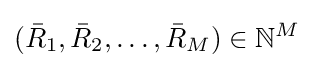
({\bar {R}}_{1},{\bar {R}}_{2},\ldots ,{\bar {R}}_{M})\in \mathbb {N} ^{M}